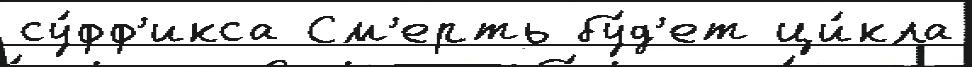
су́фф'икса См'ерть бу́д'ет ци́кла